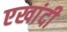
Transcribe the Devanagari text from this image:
एखांदी